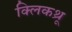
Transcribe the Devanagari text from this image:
क्लिकथ्रू